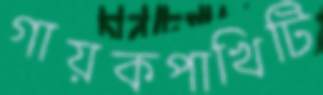
গায়কপাখিটি